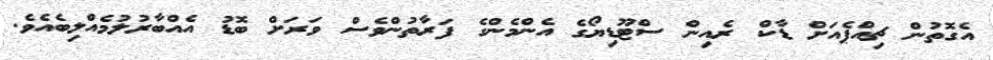
އެގޮތުން ޗިއްޕެއަށް ޑާކް ރެއިން ސްޓޫޑިޔޯގެ އެންމެންގެ ފަރާތުންވެސް ވަރަށް ބޮޑު އެއްބާރުލުމެއްލިބެއެވެ.